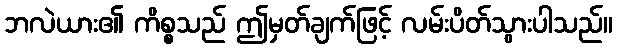
ဘလဲယား၏ ကိစ္စသည် ဤမှတ်ချက်ဖြင့် လမ်းပိတ်သွားပါသည်။